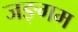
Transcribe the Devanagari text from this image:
जङ्गम